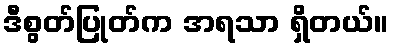
ဒီစွတ်ပြုတ်က အရသာ ရှိတယ်။